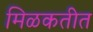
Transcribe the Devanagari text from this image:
मिळकतीत